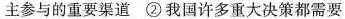
主参与的重要渠道②我国许多重大决策都需要